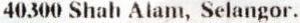
40300 SHAH ALAM, SELANGOR.